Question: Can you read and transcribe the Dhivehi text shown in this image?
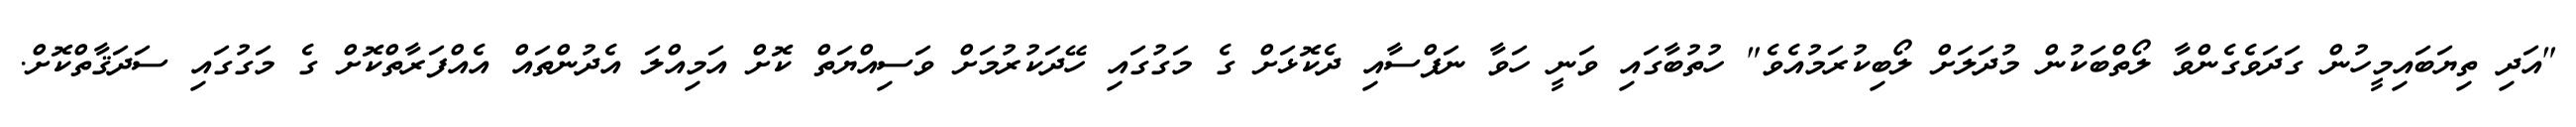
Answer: "އަދި ތިޔަބައިމީހުން ގަދަވެގެންވާ ލޯތްބަކުން މުދަލަށް ލޯބިކުރަމުއެވެ" ހުތުބާގައި ވަނީ ހަވާ ނަފްސާއި ދެކޮޅަށް ގެ މަގުގައި ހޭދަކުރުމަށް ވަސިއްޔަތް ކޮށް އަމިއްލަ އެދުންތައް އެއްފަރާތްކޮށް ގެ މަގުގައި ސަދަޤާތްކޮށް.